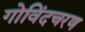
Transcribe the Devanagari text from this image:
गोविंदचरण